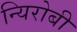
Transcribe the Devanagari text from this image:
न्यिरोबी